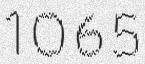
1065